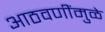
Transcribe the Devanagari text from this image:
आठवणींमुळे